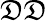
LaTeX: \mathfrak{D}\mathfrak{D}